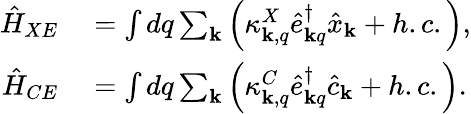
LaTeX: \begin{array}{rl}{\hat{H}_{XE}}&{{}=\int dq\sum_{\mathbf{k}}\left(\kappa_{{\mathbf k},q}^{X}\hat{e}_{{\mathbf k}q}^{\dagger}\hat{x}_{{\mathbf k}}+h.c.\right),}\\ {\hat{H}_{CE}}&{{}=\int dq\sum_{\mathbf{k}}\left(\kappa_{{\mathbf k},q}^{C}\hat{e}_{{\mathbf k}q}^{\dagger}\hat{c}_{{\mathbf k}}+h.c.\right).}\end{array}